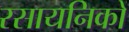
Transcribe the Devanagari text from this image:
रसायनिकों